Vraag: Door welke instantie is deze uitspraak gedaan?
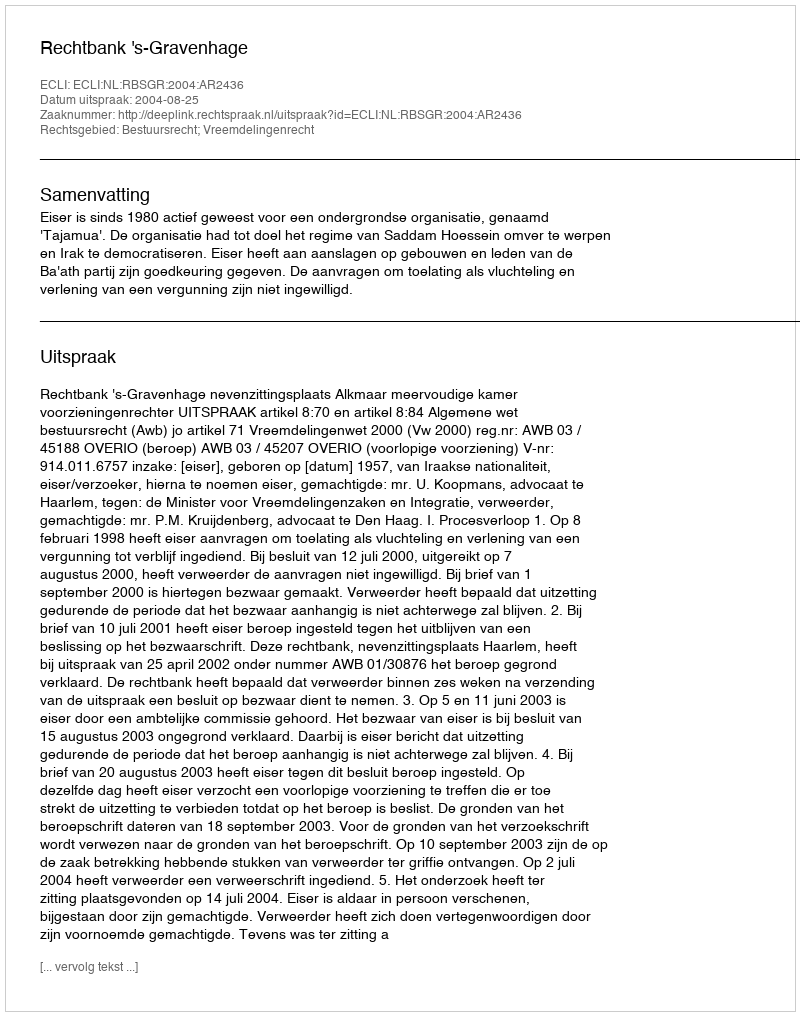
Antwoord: Rechtbank 's-Gravenhage